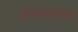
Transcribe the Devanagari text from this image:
होमोफोबिक्